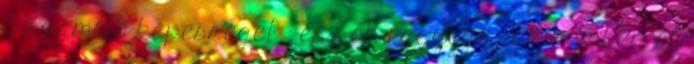
a számító képességet - és sok ragyogó eszű emberről